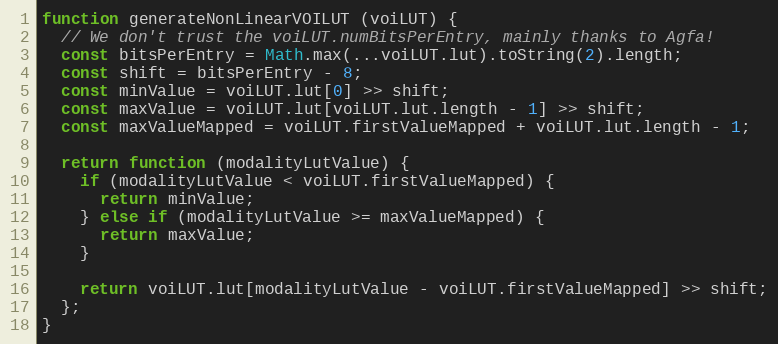
Language: JavaScript
function generateNonLinearVOILUT (voiLUT) {
  // We don't trust the voiLUT.numBitsPerEntry, mainly thanks to Agfa!
  const bitsPerEntry = Math.max(...voiLUT.lut).toString(2).length;
  const shift = bitsPerEntry - 8;
  const minValue = voiLUT.lut[0] >> shift;
  const maxValue = voiLUT.lut[voiLUT.lut.length - 1] >> shift;
  const maxValueMapped = voiLUT.firstValueMapped + voiLUT.lut.length - 1;

  return function (modalityLutValue) {
    if (modalityLutValue < voiLUT.firstValueMapped) {
      return minValue;
    } else if (modalityLutValue >= maxValueMapped) {
      return maxValue;
    }

    return voiLUT.lut[modalityLutValue - voiLUT.firstValueMapped] >> shift;
  };
}